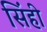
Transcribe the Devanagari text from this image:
सिंही